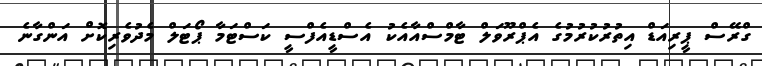
ގްރޭސް ޕީރިއަޑް އިތުރުކުރުމުގެ އެޕްރޫވަލް ޓާމްސްއާއެކު އެސްޑީއެފްސީ ކަސްޓަމާ ޕޯޓަލް މެދުވެރިކޮށް އަންގާނެ